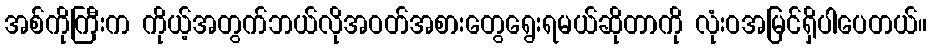
အစ်ကိုကြီးက ကိုယ့်အတွက်ဘယ်လိုအဝတ်အစားတွေရွေးရမယ်ဆိုတာကို လုံးဝအမြင်ရှိပါပေတယ်။